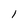
Character: 1